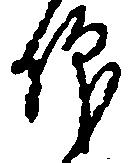
仰